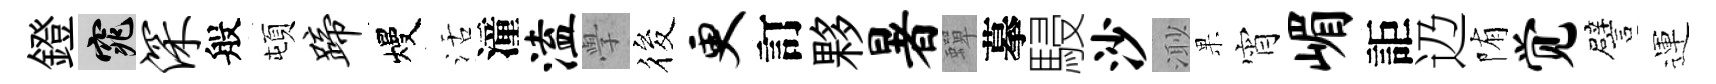
鐙窕深般頓蹄熳活潼溘𭓕筱更訂夥暑蟬摹駸沙𣺌果宵嵋詎辸陏觉譬運